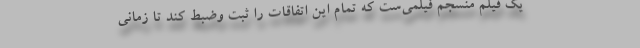
یک فیلم منسجم فیلمی‌ست که تمام این اتفاقات را ثبت وضبط کند تا زمانی